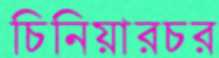
চিনিয়ারচর